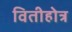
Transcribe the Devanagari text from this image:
वितीहोत्र